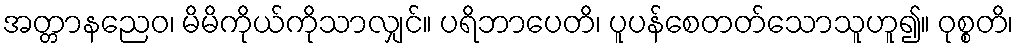
အတ္တာနညေဝ၊ မိမိကိုယ်ကိုသာလျှင်။ ပရိဘာပေတိ၊ ပူပန်စေတတ်သောသူဟူ၍။ ဝုစ္စတိ၊